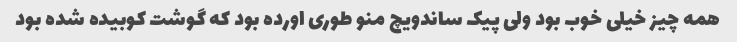
همه چیز خیلی خوب بود ولی پیک ساندویچ منو طوری اورده بود که گوشت کوبیده شده بود